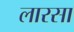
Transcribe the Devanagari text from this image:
लारसा